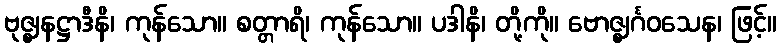
ဗုဇ္ဈနဋ္ဌာဒီနိ၊ ကုန်သော။ စတ္တာရိ၊ ကုန်သော။ ပဒါနိ၊ တို့ကို။ ဗောဇ္ဈင်္ဂဝသေန၊ ဖြင့်။